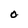
Character: O